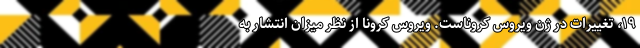
۱۹، تغییرات در ژن ویروس کروناست. ویروس کرونا از نظر میزان انتشار به